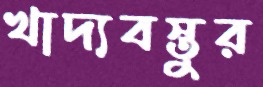
খাদ্যবস্তুর